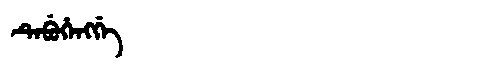
Manchu: ᡨᡝᠪᡠᡥᡝᠩᡤᡝ
Romanization: TEBUHENGGE